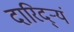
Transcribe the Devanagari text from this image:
दारिद्ऱ्यं